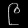
Digit: ၉